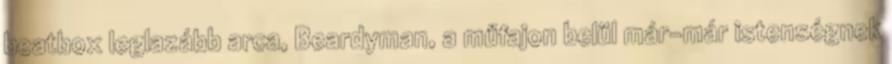
beatbox leglazább arca, Beardyman, a műfajon belül már-már istenségnek